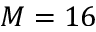
M = 1 6